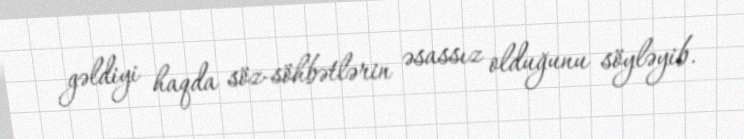
gəldiyi haqda söz-söhbətlərin əsassız olduğunu söyləyib.